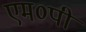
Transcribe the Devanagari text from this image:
एम०पी